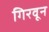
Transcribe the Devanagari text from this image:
गिरवून